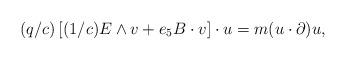
LaTeX: \begin{align*}(q/c)\left[ (1/c)E\wedge v+e_{5}B\cdot v\right] \cdot u=m(u\cdot \partial )u,\end{align*}